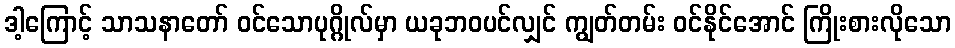
ဒါ့ကြောင့် သာသနာတော် ဝင်သောပုဂ္ဂိုလ်မှာ ယခုဘဝပင်လျှင် ကျွတ်တမ်း ဝင်နိုင်အောင် ကြိုးစားလိုသော